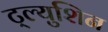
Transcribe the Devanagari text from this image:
ट्ल्युशिन